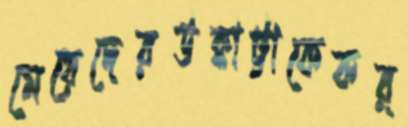
মেয়েদেরউক্কাট্টাকেকর্